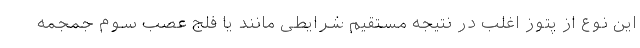
این نوع از پتوز اغلب در نتیجه مستقیم شرایطی مانند یا فلج عصب سوم جمجمه